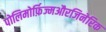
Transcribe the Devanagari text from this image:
पोलिमोर्फ़िज्मऔरजिनेरिक